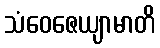
သံဝေဇေယျာမာတိ